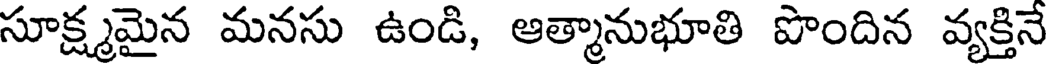
సూక్ష్మమైన మనసు ఉండి, ఆత్మానుభూతి పొందిన వ్యక్తినే